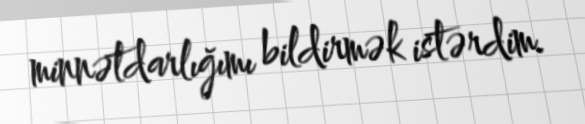
minnətdarlığımı bildirmək istərdim.